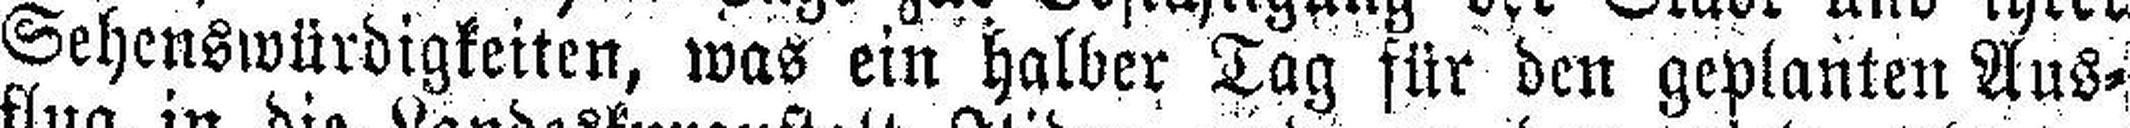
Sehenswürdigkeiten, was ein halber Tag für den geplanten Aus¬